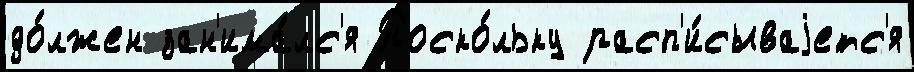
до́лжен зан'има́лс'я Поско́льку расп'и́сываjетс'я